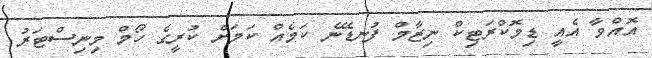
އޮއްވާ އެއީ ޑިމޮކްރަޓިކް ނިޒާމް ފުނޑޭނެ ކަމެއް ކަމަށް ކުރީގެ ހޯމް މިނިސްޓަރު